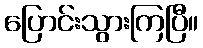
ပြောင်းသွားကြပြီ။